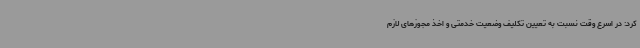
کرد: در اسرع وقت نسبت به تعیین تکلیف وضعیت خدمتی و اخذ مجوزهای لازم